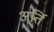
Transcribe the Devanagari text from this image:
अर्ति